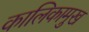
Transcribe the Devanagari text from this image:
कालिकामुख